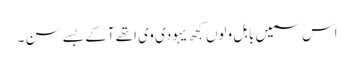
اس سمیں بابل ولوں کجھ یہودی وی اتھے آکے بسے سن ۔